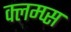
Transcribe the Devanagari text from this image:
क्लम्प्स